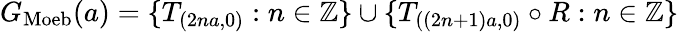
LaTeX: G_{\mathrm{Moeb}}(a)=\{ T_{(2na,0)}:n\in\mathbb{Z}\} \cup\{ T_{((2n+1)a,0)}\circ R:n\in\mathbb{Z}\}